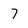
Character: 7